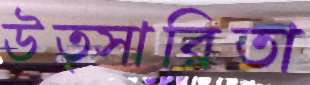
উত্সারিতা